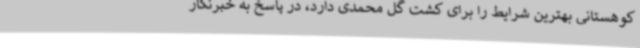
کوهستانی بهترین شرایط را برای کشت گل محمدی دارد، در پاسخ به خبرنگار